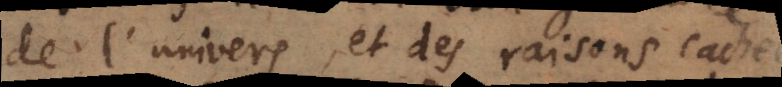
de l’univers, et des raisons cachées